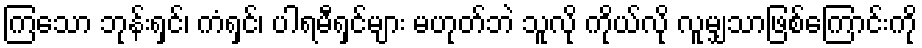
ကြသော ဘုန်းရှင်၊ ကံရှင်၊ ပါရမီရှင်များ မဟုတ်ဘဲ သူလို ကိုယ်လို လူမျှသာဖြစ်ကြောင်းကို